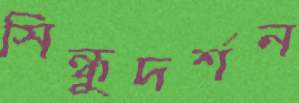
সিন্ধুদর্শন